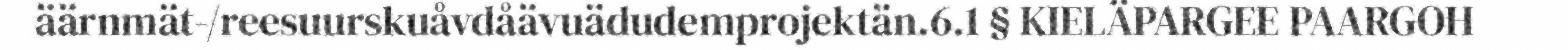
äärnmät-/reesuurskuåvdåävuädudemprojektän.6.1 § KIELÄPARGEE PAARGOH